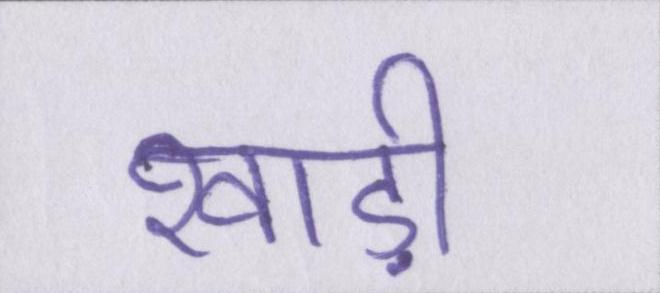
खाड़ी